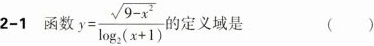
2-1 函数 $$y = \frac { \sqrt { 9 - x ^ { 2 } } } { \log _ { 2 } ( x + 1 ) }$$ 的定义域是 ( )